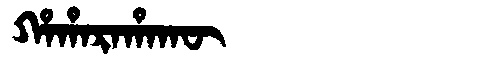
Manchu: ᡥᠠᡥᠠᡵᠠᡥᠠᡴᡡ
Romanization: HAHARAHAKŪ